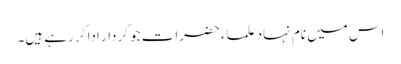
اس میں نام نہاد علماء حضرات جو کردار ادا کر رہے ہیں۔